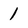
Character: 1